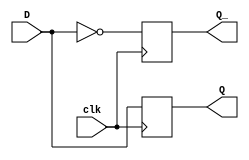
module d_flip_flop(
    input D,
    input clk,
    output reg Q,
    output reg Q_
);

always @(posedge clk) begin
    Q <= D;
    Q_ <= ~D;
end

endmodule